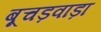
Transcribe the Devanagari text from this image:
बूचड़वाड़ा